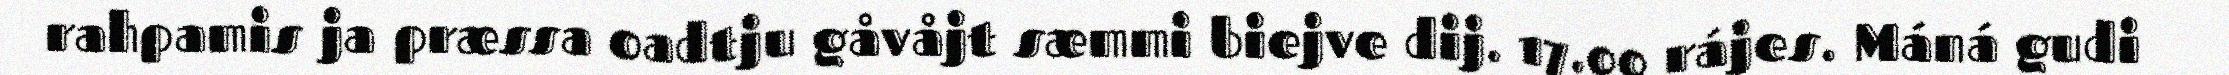
rahpamis ja præssa oadtju gåvåjt sæmmi biejve dij. 17.00 rájes. Máná gudi